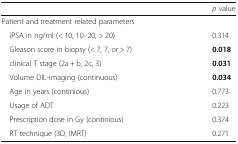
<table><thead><tr><td></td><td><b><i>p</i> value</b></td></tr></thead><tbody><tr><td colspan="2">Patient and treatment related parameters</td></tr><tr><td> iPSA in ng/ml (&lt; 10, 10–20, &gt; 20)</td><td>0.314</td></tr><tr><td> Gleason score in biopsy (&lt; 7, 7, or &gt; 7)</td><td><b>0.018</b></td></tr><tr><td> clinical T stage (2a + b, 2c, 3)</td><td><b>0.031</b></td></tr><tr><td> Volume DIL-imaging (continuous)</td><td><b>0.034</b></td></tr><tr><td> Age in years (continious)</td><td>0.773</td></tr><tr><td> Usage of ADT</td><td>0.223</td></tr><tr><td> Prescription dose in Gy (continious)</td><td>0.374</td></tr><tr><td> RT technique (3D, IMRT)</td><td>0.271</td></tr></tbody></table>